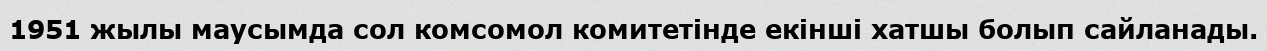
1951 жылы маусымда сол комсомол комитетінде екінші хатшы болып сайланады.